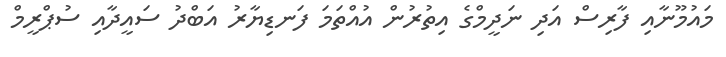
މައުމޫނާއި ފާރިސް އަދި ނަދީމްގެ އިތުރުން އުއްތަމަ ފަނޑިޔާރު އަބްދު ސައީދާއި ސުޕްރީމް